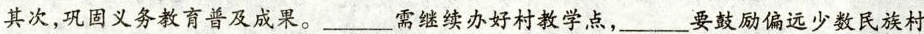
其次，巩固义务教育普及成果。___需继续办好村教学点，___要鼓励偏远少数民族村